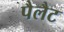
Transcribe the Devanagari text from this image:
पैलैट